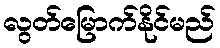
လွတ်မြောက်နိုင်မည်